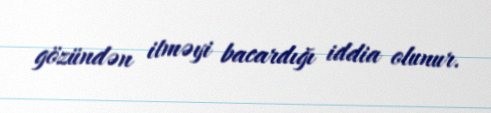
gözündən itməyi bacardığı iddia olunur.